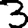
Digit: 3